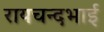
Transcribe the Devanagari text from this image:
रायचन्दभाई